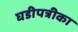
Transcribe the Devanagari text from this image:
घडीपत्रीका